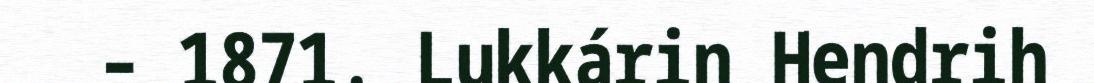
– 1871. Lukkárin Hendrih